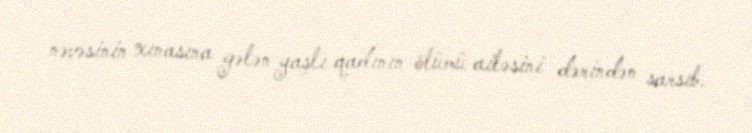
nəvəsinin xınasına gələn yaşlı qadının ölümü ailəsini dərindən sarsıb.